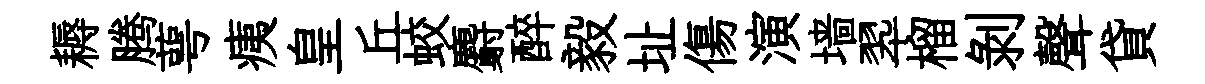
耨腾萼痍皇丘蛟麝醉毅址傷演墙翆榴剝聲貸